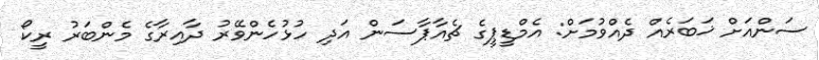
ސަންއަށް ޚަބަރެއް ދެއްވުމަށް: އެމްޑީޕީގެ ޗެއާޕާސަން އަދި ހުޅުހެންވޭރު ދާއިރާގެ މެންބަރު ރީކޯ